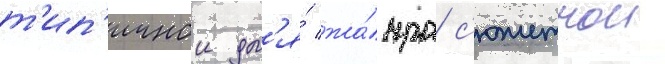
т'ип'ичнои дл'я́ жа́нра с'южетнои